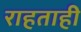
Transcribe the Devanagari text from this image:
राहताही